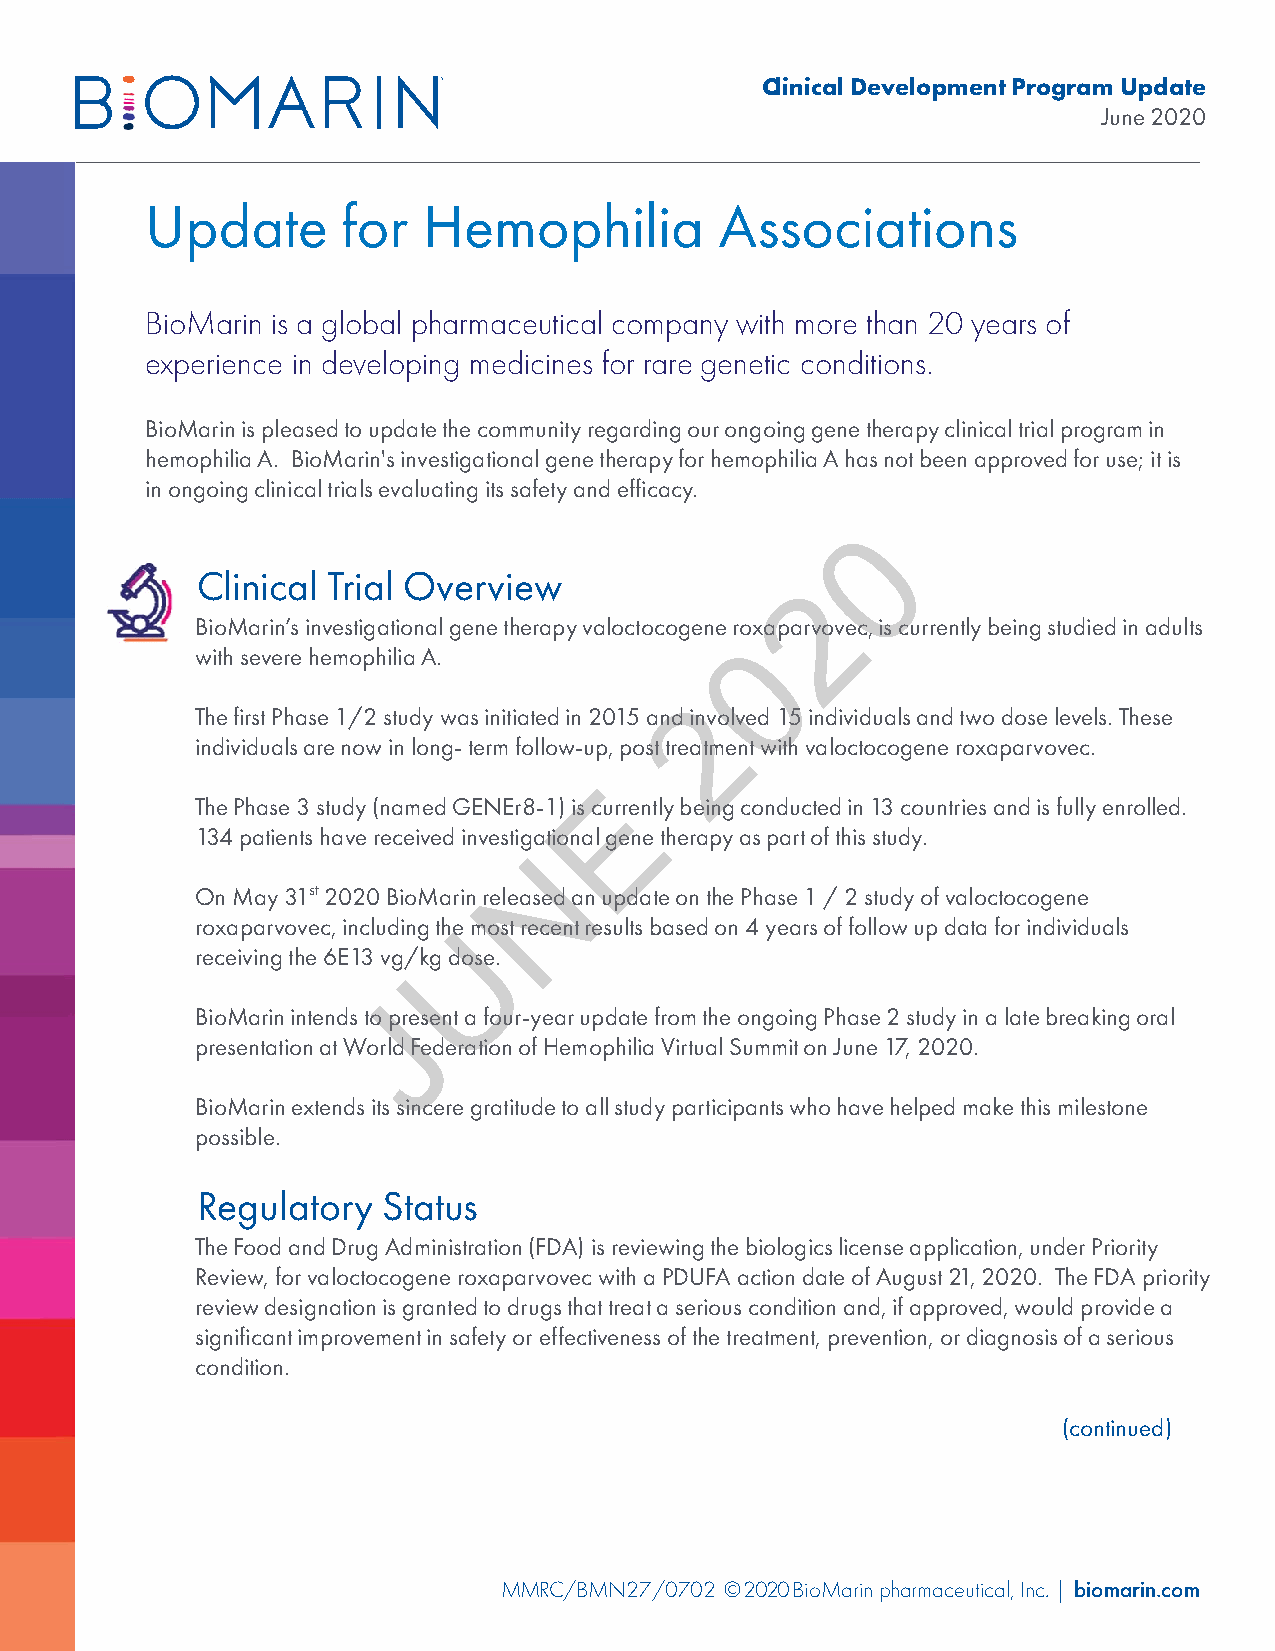
Clinical Development Program Update
 June 2020
 Update       for  Hemophilia          Associations
 BioMarin is a global pharmaceutical company with more than 20 years of
 experience in developing medicines for rare genetic conditions.
 BioMarin is pleased to update the community regarding our ongoing gene therapy clinical trial program in
 hemophilia A. BioMarin's investigational gene therapy for hemophilia A has not been approved for use; it is
 in ongoing clinical trials evaluating its safety and efficacy.
 0
 Clinical Trial Overview                 2
 BioMarin’s investigational gene therapy valoctocogeneroxaparvovec, is currently being studied in adults
 0
 with severe hemophilia A.
 2
 The first Phase 1/2 study was initiated in 2015 and involved 15 individuals and two dose levels. These
 individuals are now in long-term follow-up, post treatment with valoctocogeneroxaparvovec.
 E
 The Phase 3 study (named GENEr8-1) is currently being conducted in 13 countries and is fully enrolled.
 134 patients have received investigational gene therapy as part of this study.
 N
 On May 31st2020 BioMarin released an update on the Phase 1 / 2 study of valoctocogene
 roxaparvovec, including theU most recent results based on 4 years of follow up data for individuals
 receiving the 6E13 vg/kg dose.
 J
 BioMarin intends to present a four-year update from the ongoing Phase 2 study in a late breaking oral
 presentation at World Federation of Hemophilia Virtual Summit on June 17, 2020.
 BioMarin extends its sincere gratitude to all study participants who have helped make this milestone
 possible.
 Regulatory  Status
 The Food and Drug Administration (FDA) is reviewing the biologics license application, under Priority
 Review, for valoctocogeneroxaparvovecwith a PDUFA action date of August 21, 2020. The FDA priority
 review designation is granted to drugs that treat a serious condition and, if approved, would provide a
 significant improvement in safety or effectiveness of the treatment, prevention, or diagnosis of a serious
 condition.
 (continued)
 MMRC/BMN27/0702 ©2020BioMarin pharmaceutical, Inc. | biomarin.com